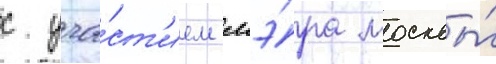
с уча́ст'ием мэ́ра москвы́